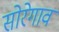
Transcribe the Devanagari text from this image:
सोरेगाव